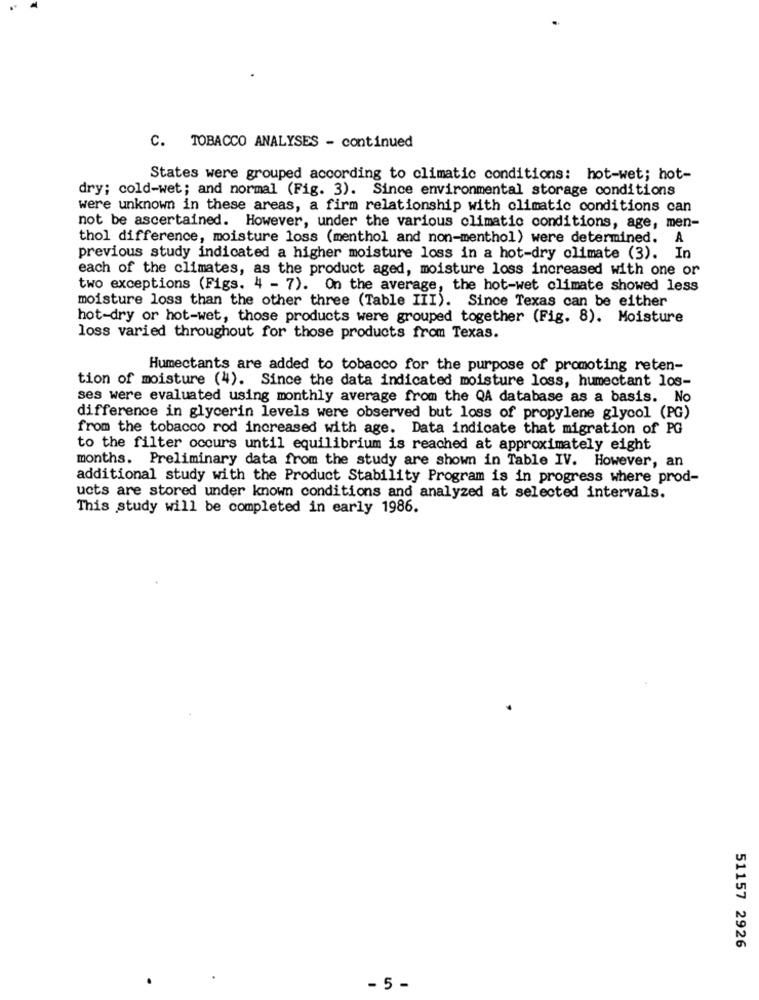
C. TOBACCO ANALYSES - continued
States were grouped according to climatic conditions: hot-wet; hot-
dry; cold-wet; and normal (Fig. 3). Since environmental storage conditions
were unknown in these areas, a firm relationship with climatic conditions can
not be ascertained. However, under the various climatic conditions, age, men-
thol difference, moisture loss (menthol and non-menthol) were determined. A
previous study indicated a higher moisture loss in a hot-dry climate (3). In
each of the climates, as the product aged, moisture loss increased with one or
two exceptions (Figs. 4 - 7). On the average, the hot-wet climate showed less
moisture loss than the other three (Table III). Since Texas can be either
hot-dry or hot-wet, those products were grouped together (Fig. 8). Moisture
loss varied throughout for those products from Texas.
Humectants are added to tobacco for the purpose of promoting reten-
tion of moisture (4). Since the data indicated moisture loss, humectant los-
ses were evaluated using monthly average from the QA database as a basis. No
difference in glycerin levels were observed but loss of propylene glycol (PG)
from the tobacco rod increased with age. Data indicate that migration of PG
to the filter occurs until equilibrium is reached at approximately eight
months. Preliminary data from the study are shown in Table IV. However, an
additional study with the Product Stability Program is in progress where prod-
ucts are stored under known conditions and analyzed at selected intervals.
This study will be completed in early 1986.
51157 2926
- 5 -